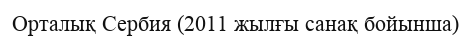
Орталық Сербия (2011 жылғы санақ бойынша)